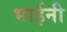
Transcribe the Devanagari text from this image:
भाईनी